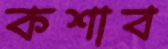
কশাব